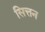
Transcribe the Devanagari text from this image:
सित्तन